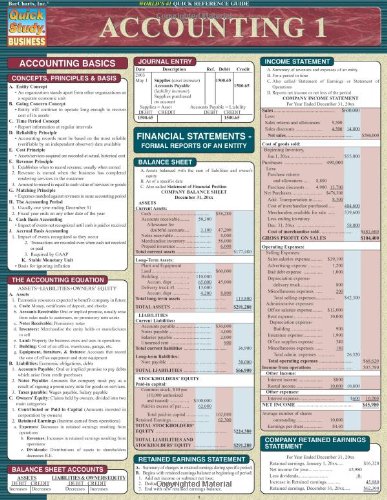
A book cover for Accounting 1 (Quickstudy: Business); Inc. BarCharts; Business & Money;